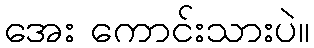
အေး ကောင်းသားပဲ။